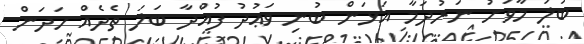
ބަލަ މާވަށު ނަރުދަމާ އަޅަން ބުނި ވަޢުދު ފުއްދާ ބަލަ ތެދެއް ހަދަން